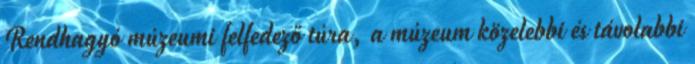
Rendhagyó múzeumi felfedező túra, a múzeum közelebbi és távolabbi